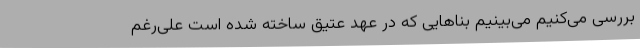
بررسی می‌کنیم می‌بینیم بناهایی که در عهد عتیق ساخته شده است علی‌رغم